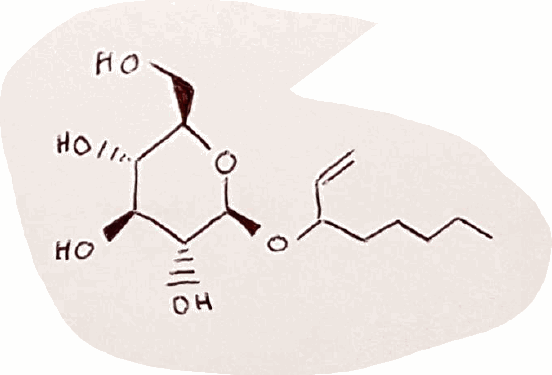
Simplified molecular-input line-entry system (SMILES) notation of the given molecule:
CCCCCC(C=C)O[C@H]1[C@@H]([C@H]([C@@H]([C@H](O1)CO)O)O)O